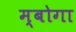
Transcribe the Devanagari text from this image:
म्बोगा